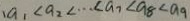
、 a _ { 1 } < a _ { 2 } < \cdots \angle a _ { 7 } < a _ { 8 } < a _ { 9 }